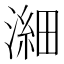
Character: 𪷉